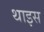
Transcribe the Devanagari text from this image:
थाइस